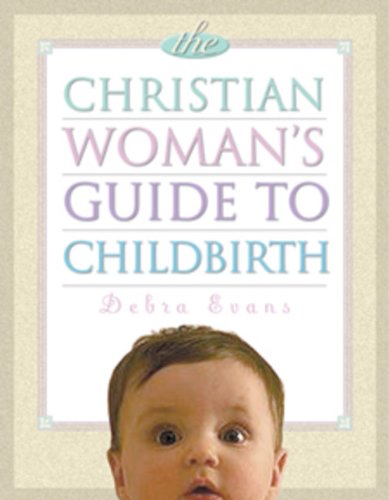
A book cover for Christian Womans GT Childbirth; Debra Evans; Religion & Spirituality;